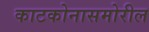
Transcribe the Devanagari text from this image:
काटकोनासमोरील